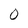
Character: 0